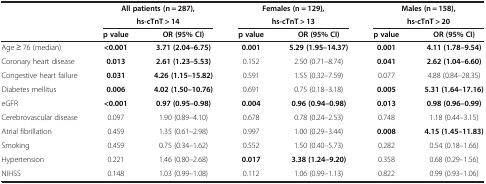
| <ROWSPAN=2>  | <COLSPAN=2> All patients (n = 287), | <COLSPAN=2> Females (n = 129), | <COLSPAN=2> Males (n = 158), |
 | <COLSPAN=2> hs-cTnT > 14 | <COLSPAN=2> hs-cTnT > 13 | <COLSPAN=2> hs-cTnT > 20 |
 |  | p value | OR (95% CI) | p value | OR (95% CI) | p value | OR (95% CI) |
 | --- | --- | --- | --- | --- | --- | --- |
 | Age ≥ 76 (median) | <0.001 | 3.71 (2.04–6.75) | 0.001 | 5.29 (1.95–14.37) | 0.001 | 4.11 (1.78–9.54) |
 | Coronary heart disease | 0.013 | 2.61 (1.23–5.53) | 0.152 | 2.50 (0.71–8.74) | 0.041 | 2.62 (1.04–6.60) |
 | Congestive heart failure | 0.031 | 4.26 (1.15–15.82) | 0.591 | 1.55 (0.32–7.59) | 0.077 | 4.88 (0.84–28.35) |
 | Diabetes mellitus | 0.006 | 4.02 (1.50–10.76) | 0.691 | 0.75 (0.18–3.18) | 0.005 | 5.31 (1.64–17.16) |
 | eGFR | <0.001 | 0.97 (0.95–0.98) | 0.004 | 0.96 (0.94–0.98) | 0.013 | 0.98 (0.96–0.99) |
 | Cerebrovascular disease | 0.097 | 1.90 (0.89–4.10) | 0.678 | 0.78 (0.24–2.53) | 0.748 | 1.18 (0.44–3.15) |
 | Atrial fibrillation | 0.459 | 1.35 (0.61–2.98) | 0.997 | 1.00 (0.29–3.44) | 0.008 | 4.15 (1.45–11.83) |
 | Smoking | 0.459 | 0.75 (0.34–1.62) | 0.552 | 1.50 (0.40–5.73) | 0.282 | 0.54 (0.18–1.66) |
 | Hypertension | 0.221 | 1.46 (0.80–2.68) | 0.017 | 3.38 (1.24–9.20) | 0.358 | 0.68 (0.29–1.56) |
 | NIHSS | 0.148 | 1.03 (0.99–1.08) | 0.112 | 1.06 (0.99–1.13) | 0.822 | 0.99 (0.93–1.06) |